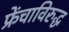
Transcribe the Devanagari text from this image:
फ्रेंचाविरुद्ध